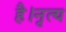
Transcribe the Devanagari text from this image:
है।नृत्य